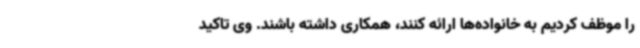
را موظف کردیم به خانواده‌ها ارائه کنند، همکاری داشته باشند. وی تاکید